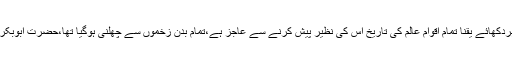
غزوۂ احد میں فدویت جان نثاری اورشجاعت کے جو بے مثل جوہردکھائے یقناً تمام اقوامِ عالم کی تاریخ اس کی نظیر پیش کرنے سے عاجز ہے،تمام بدن زخموں سے چھلنی ہوگیا تھا،حضرت ابوبکر صدیق ؓ نے ان کے جسم پر ستر سے زیادہ زخم شمار کیے تھے۔